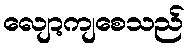
လျော့ကျစေသည်